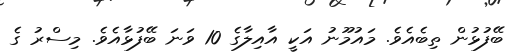
ބޭފުޅުން ތިބެއެވެ. މައުމޫނު އަކީ އާއިލާގެ 10 ވަނަ ބޭފުޅާއެވެ. މިސްރު ގެ